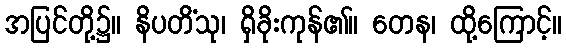
အပြင်တို့၌။ နိပတိံသု၊ ရှိခိုးကုန်၏။ တေန၊ ထို့ကြောင့်။